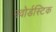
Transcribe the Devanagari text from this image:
स्वोर्डस्टिक